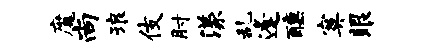
魔尚琅伎肘漾乱逢醺寞眼